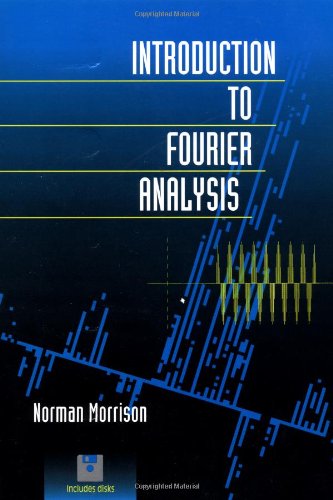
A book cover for Introduction to Fourier Analysis; Norman Morrison; Science & Math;